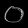
Digit: ၀